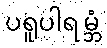
ပရူပါရမ္ဘံ